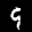
Label: 9